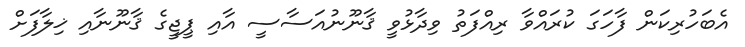
އެބަހުރިކަން ފާހަގަ ކުރައްވާ ރިއްފަތު ވިދާޅުވީ ޤާނޫނުއަސާސީ އާއި ޕީޖީގެ ޤާނޫނާއި ޚިލާފަށް